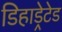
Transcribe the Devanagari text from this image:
डिहाड्रेटेड